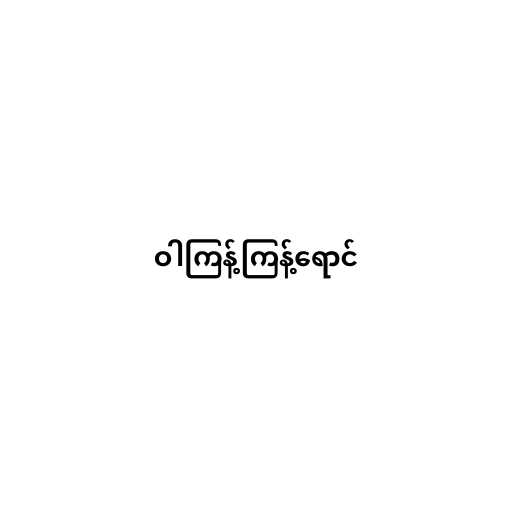
ဝါကြန့်ကြန့်ရောင်